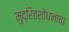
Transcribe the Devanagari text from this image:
मुद्रितशोधनाचा